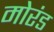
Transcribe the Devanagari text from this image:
मोरंड